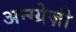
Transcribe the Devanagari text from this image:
अन्ग्ग्रेज़ी